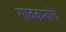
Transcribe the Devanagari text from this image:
गावकर्‍यांचे